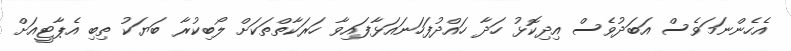
އެހެންނަމަވެސް އަބަދުވެސް އިދިކޮޅު ހަދާ ހައްދުފަހަނައަޅާފައިވާ ހަރަކާތްތަކަށް ލޯބިކުރާ ބަޔަކު ތިބި އެޕާޓީއަށް